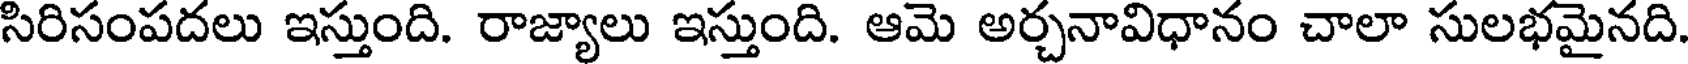
సిరిసంపదలు ఇస్తుంది. రాజ్యాలు ఇస్తుంది. ఆమె అర్చనావిధానం చాలా సులభమైనది.